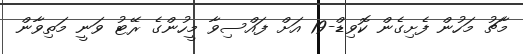
މާޗު މަހުން ފެށިގެން ކޮވިޑް-19 އަށް ފައްސިވާ މީހުންގެ ރޭޓު ވަނީ މަތިވާން